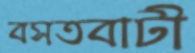
বসতবাটী